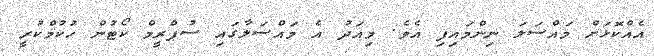
އެއްކޮޅަށް މައްސަލަ ނިންމައިފި އެވެ. މިއަދު އެ މައްސަލާގައި ސުޕްރީމް ކޯޓުން ހުކުމްކުރީ